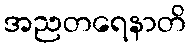
အညတရေနာတိ